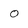
Character: O